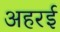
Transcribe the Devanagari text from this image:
अहरई